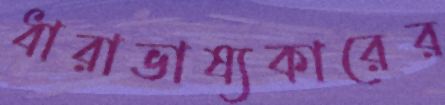
ধারাভাষ্যকারের